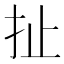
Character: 扯